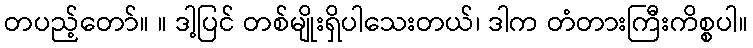
တပည့်တော်။ ။ ဒါ့ပြင် တစ်မျိုးရှိပါသေးတယ်၊ ဒါက တံတားကြီးကိစ္စပါ။